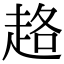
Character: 䞦